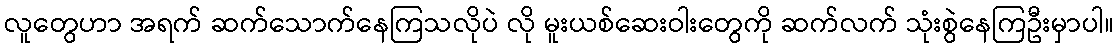
လူတွေဟာ အရက် ဆက်သောက်နေကြသလိုပဲ လို မူးယစ်ဆေးဝါးတွေကို ဆက်လက် သုံးစွဲနေကြဦးမှာပါ။